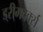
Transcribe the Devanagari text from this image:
ड्री्मवर्क्स